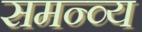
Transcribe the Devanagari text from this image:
समन्व्य